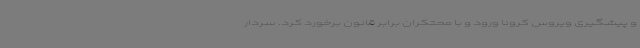
و پیشگیری ویروس کرونا ورود و با محتکران برابر قانون برخورد کرد. سردار